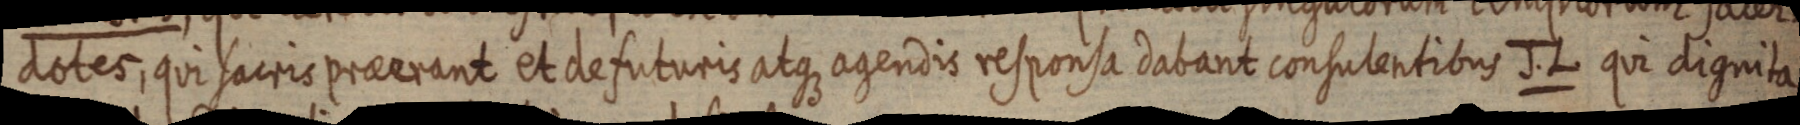
dotes, qui sacris praerant et defuturis atque agendis responsa dabant consulentibus J. L. qui dignita